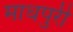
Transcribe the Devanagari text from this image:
माधपुरी